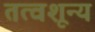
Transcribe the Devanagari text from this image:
तत्वशून्य